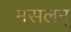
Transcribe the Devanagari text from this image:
मसलन्